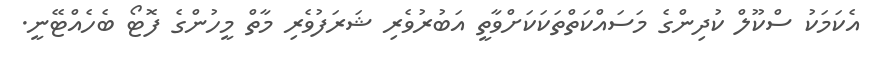
އެކަމަކު ސްކޫލް ކުދިންގެ މަސައްކަތްތަކަކަށްވާތީ އަބުރުވެރި ޝަރަފުވެރި މާތް މީހުންގެ ފޮޓޯ ބެހެއްޓޭނީ.